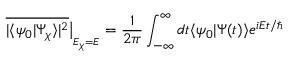
\overline { { | \langle \psi _ { 0 } | \Psi _ { \chi } \rangle | ^ { 2 } } } \big | _ { _ { E _ { \chi } = E } } = \frac { 1 } { 2 \pi } \int _ { - \infty } ^ { \infty } d t \langle \psi _ { 0 } | \Psi ( t ) \rangle e ^ { i E t / \hbar }